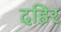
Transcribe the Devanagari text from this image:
दहिर